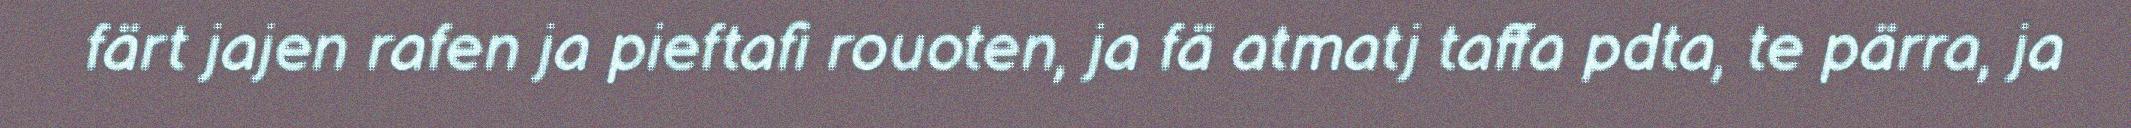
färt jajen rafen ja pieftafi rouoten, ja fä atmatj taffa pdta, te pärra, ja